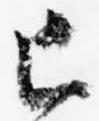
已